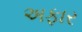
અફાર